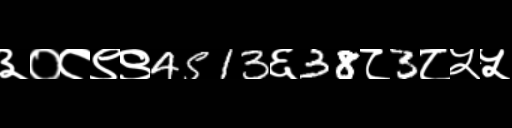
Text: ३०८९९4513६38८3८५५